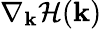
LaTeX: \mathbf{\nabla}_{\mathbf{k}}\mathcal{H}(\mathbf{k})